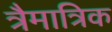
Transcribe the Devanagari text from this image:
त्रैमात्रिक